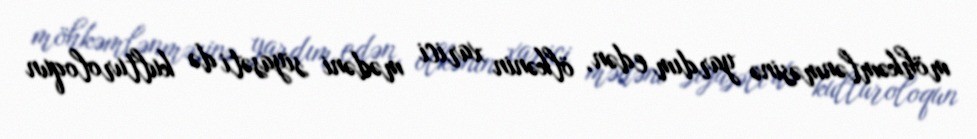
möhkəmlənməsinə yardım edən, ölkənin xarici mədəni siyasəti də kulturoloqun